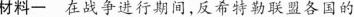
材料一在战争进行期间，反希特勒联盟各国的